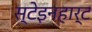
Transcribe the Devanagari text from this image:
स्टेइनहार्ट